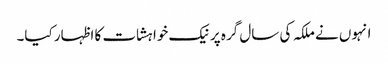
انہوں نے ملکہ کی سال گرہ پر نیک خواہشات کا اظہار کیا۔